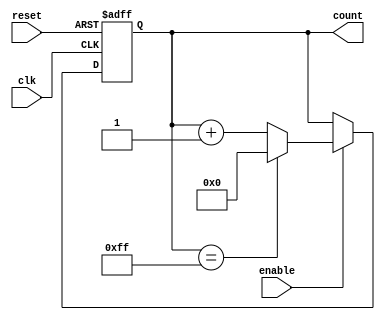
module Parameterized_Counter #(
    parameter WIDTH = 8          // Default width of the counter
)(
    input wire clk,              // Clock signal
    input wire reset,            // Asynchronous reset signal
    input wire enable,           // Enable signal to increment the counter
    output reg [WIDTH-1:0] count // Counter output
);

    // Synchronous process triggered by the rising edge of clk
    always @(posedge clk or posedge reset) begin
        if (reset) begin
            count <= 0;          // Reset count to zero
        end else if (enable) begin
            count <= count + 1;  // Increment count
            // Wrap around logic
            if (count == (2**WIDTH - 1)) begin
                count <= 0;      // Wrap around to zero on maximum value
            end
        end
    end

endmodule